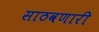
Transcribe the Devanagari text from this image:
साठवणारी